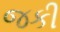
જકી